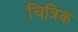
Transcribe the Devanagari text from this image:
चित्रिक